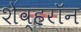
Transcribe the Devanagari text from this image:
शेव्हरॉन